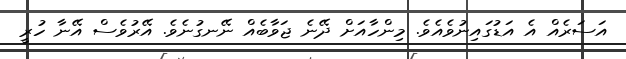
އަސަރެއް އެ އަޑުގައިނުވެއެވެ. މިންހާއަށް ދޭނެ ޖަވާބެއް ނޭނގުނެވެ. އޭރުވެސް އޭނާ ހުރީ